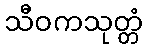
သီဝကသုတ္တံ